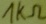
Text: 1kΩ